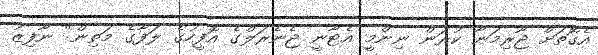
އެގޮތަށް ޖޫރިމަނާ ކުރަން ނިންމީ އެޓާނީ ޖެނެރަލްގެ އޮފީހުގެ ލަފާގެ މަތިން" ނާފިޒު